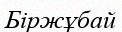
Біржұбай